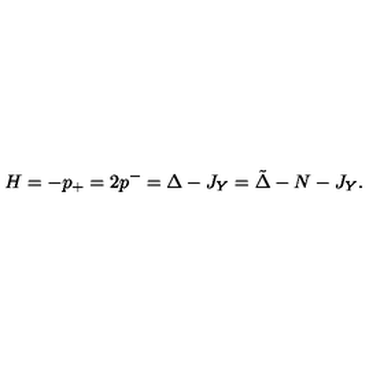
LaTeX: H = - p _ { + } = 2 p ^ { - } = \Delta - J _ { Y } = { \tilde { \Delta } } - N - J _ { Y } .